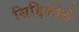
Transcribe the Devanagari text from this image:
सिद्दिकीचे